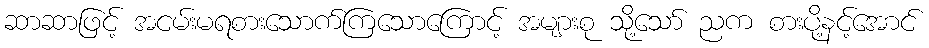
ဆာဆာဖြင့် အငမ်းမရစားသောက်ကြသောကြောင့် အများစု သို့သော် ညက စားပို့နင့်အောင်